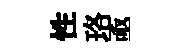
性珞亟